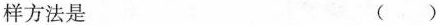
样方法是 ( )